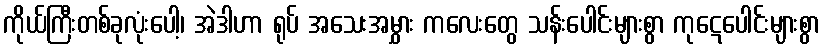
ကိုယ်ကြီးတစ်ခုလုံးပေါ့၊ အဲဒါဟာ ရုပ် အသေးအမွှား ကလေးတွေ သန်းပေါင်းများစွာ ကုဋေပေါင်းများစွာ